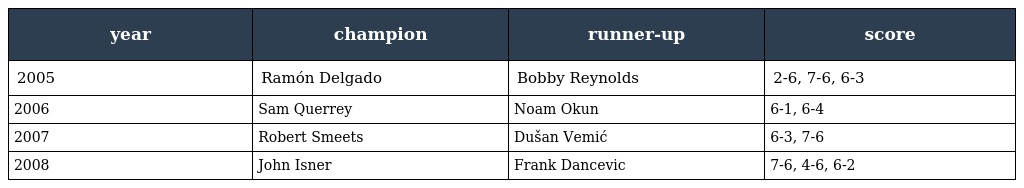
| year | champion | runner-up | score |
 | --- | --- | --- | --- |
 | 2005 | Ramón Delgado | Bobby Reynolds | 2-6, 7-6, 6-3 |
 | 2006 | Sam Querrey | Noam Okun | 6-1, 6-4 |
 | 2007 | Robert Smeets | Dušan Vemić | 6-3, 7-6 |
 | 2008 | John Isner | Frank Dancevic | 7-6, 4-6, 6-2 |